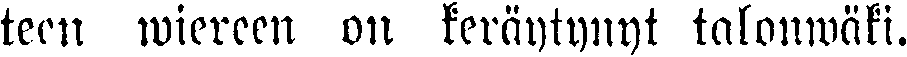
teen wiereen on keräytynyt talonwäki.